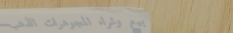
بيع وشراء المجوهرات الذهب